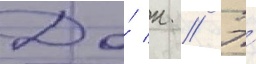
До́ н // Э́